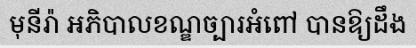
មុនីរ៉ា អភិបាលខណ្ឌច្បារអំពៅ បានឱ្យដឹង